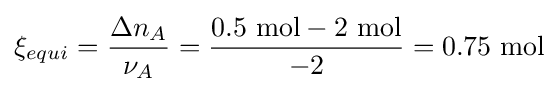
\xi _{equi}={\frac {\Delta n_{A}}{\nu _{A}}}={\frac {0.5\ {\text{mol}}-2\ {\text{mol}}}{-2}}=0.75\ {\text{mol}}